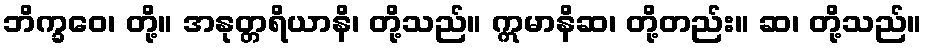
ဘိက္ခဝေ၊ တို့။ အနုတ္တရိယာနိ၊ တို့သည်။ ဣမာနိဆ၊ တို့တည်း။ ဆ၊ တို့သည်။